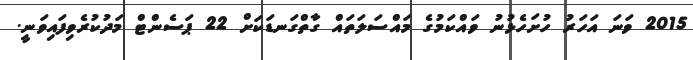
2015 ވަނަ އަހަރު ހުށަހެޅުނު ވައްކަމުގެ މައްސަލަތައް ގާތްގަނޑަކަށް 22 ޕަސެންޓް މަދުކުރެވިފައިވަނީ.